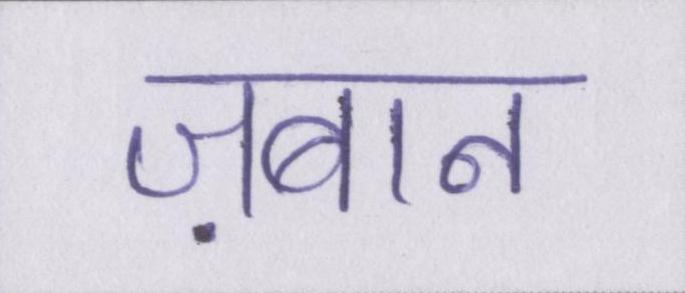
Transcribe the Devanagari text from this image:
ज़बान